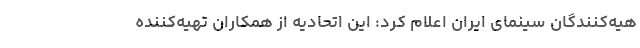
هیه‌کنندگان سینمای ایران اعلام کرد:‌ این اتحادیه از همکاران تهیه‌کننده